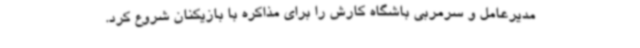
مدیرعامل و سرمربی باشگاه کارش را برای مذاکره با بازیکنان شروع کرد.